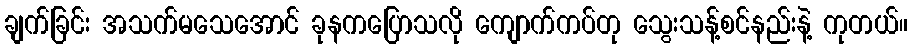
ချက်ခြင်း အသက်မသေအောင် ခုနကပြောသလို ကျောက်ကပ်တု သွေးသန့်စင်နည်းနဲ့ ကုတယ်။